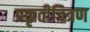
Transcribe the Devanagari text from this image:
प्रकृतीचित्रण